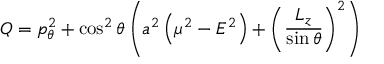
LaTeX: Q = p _ { \theta } ^ { 2 } + \cos ^ { 2 } \theta \left( a ^ { 2 } \left( \mu ^ { 2 } - E ^ { 2 } \right) + \left( { \frac { L _ { z } } { \sin \theta } } \right) ^ { 2 } \right)